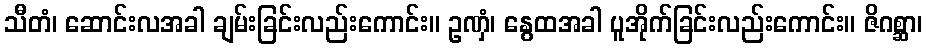
သီတံ၊ ဆောင်းလအခါ ချမ်းခြင်းလည်းကောင်း။ ဥဏှံ၊ နွေထအခါ ပူအိုက်ခြင်းလည်းကောင်း။ ဇိဂစ္ဆာ၊